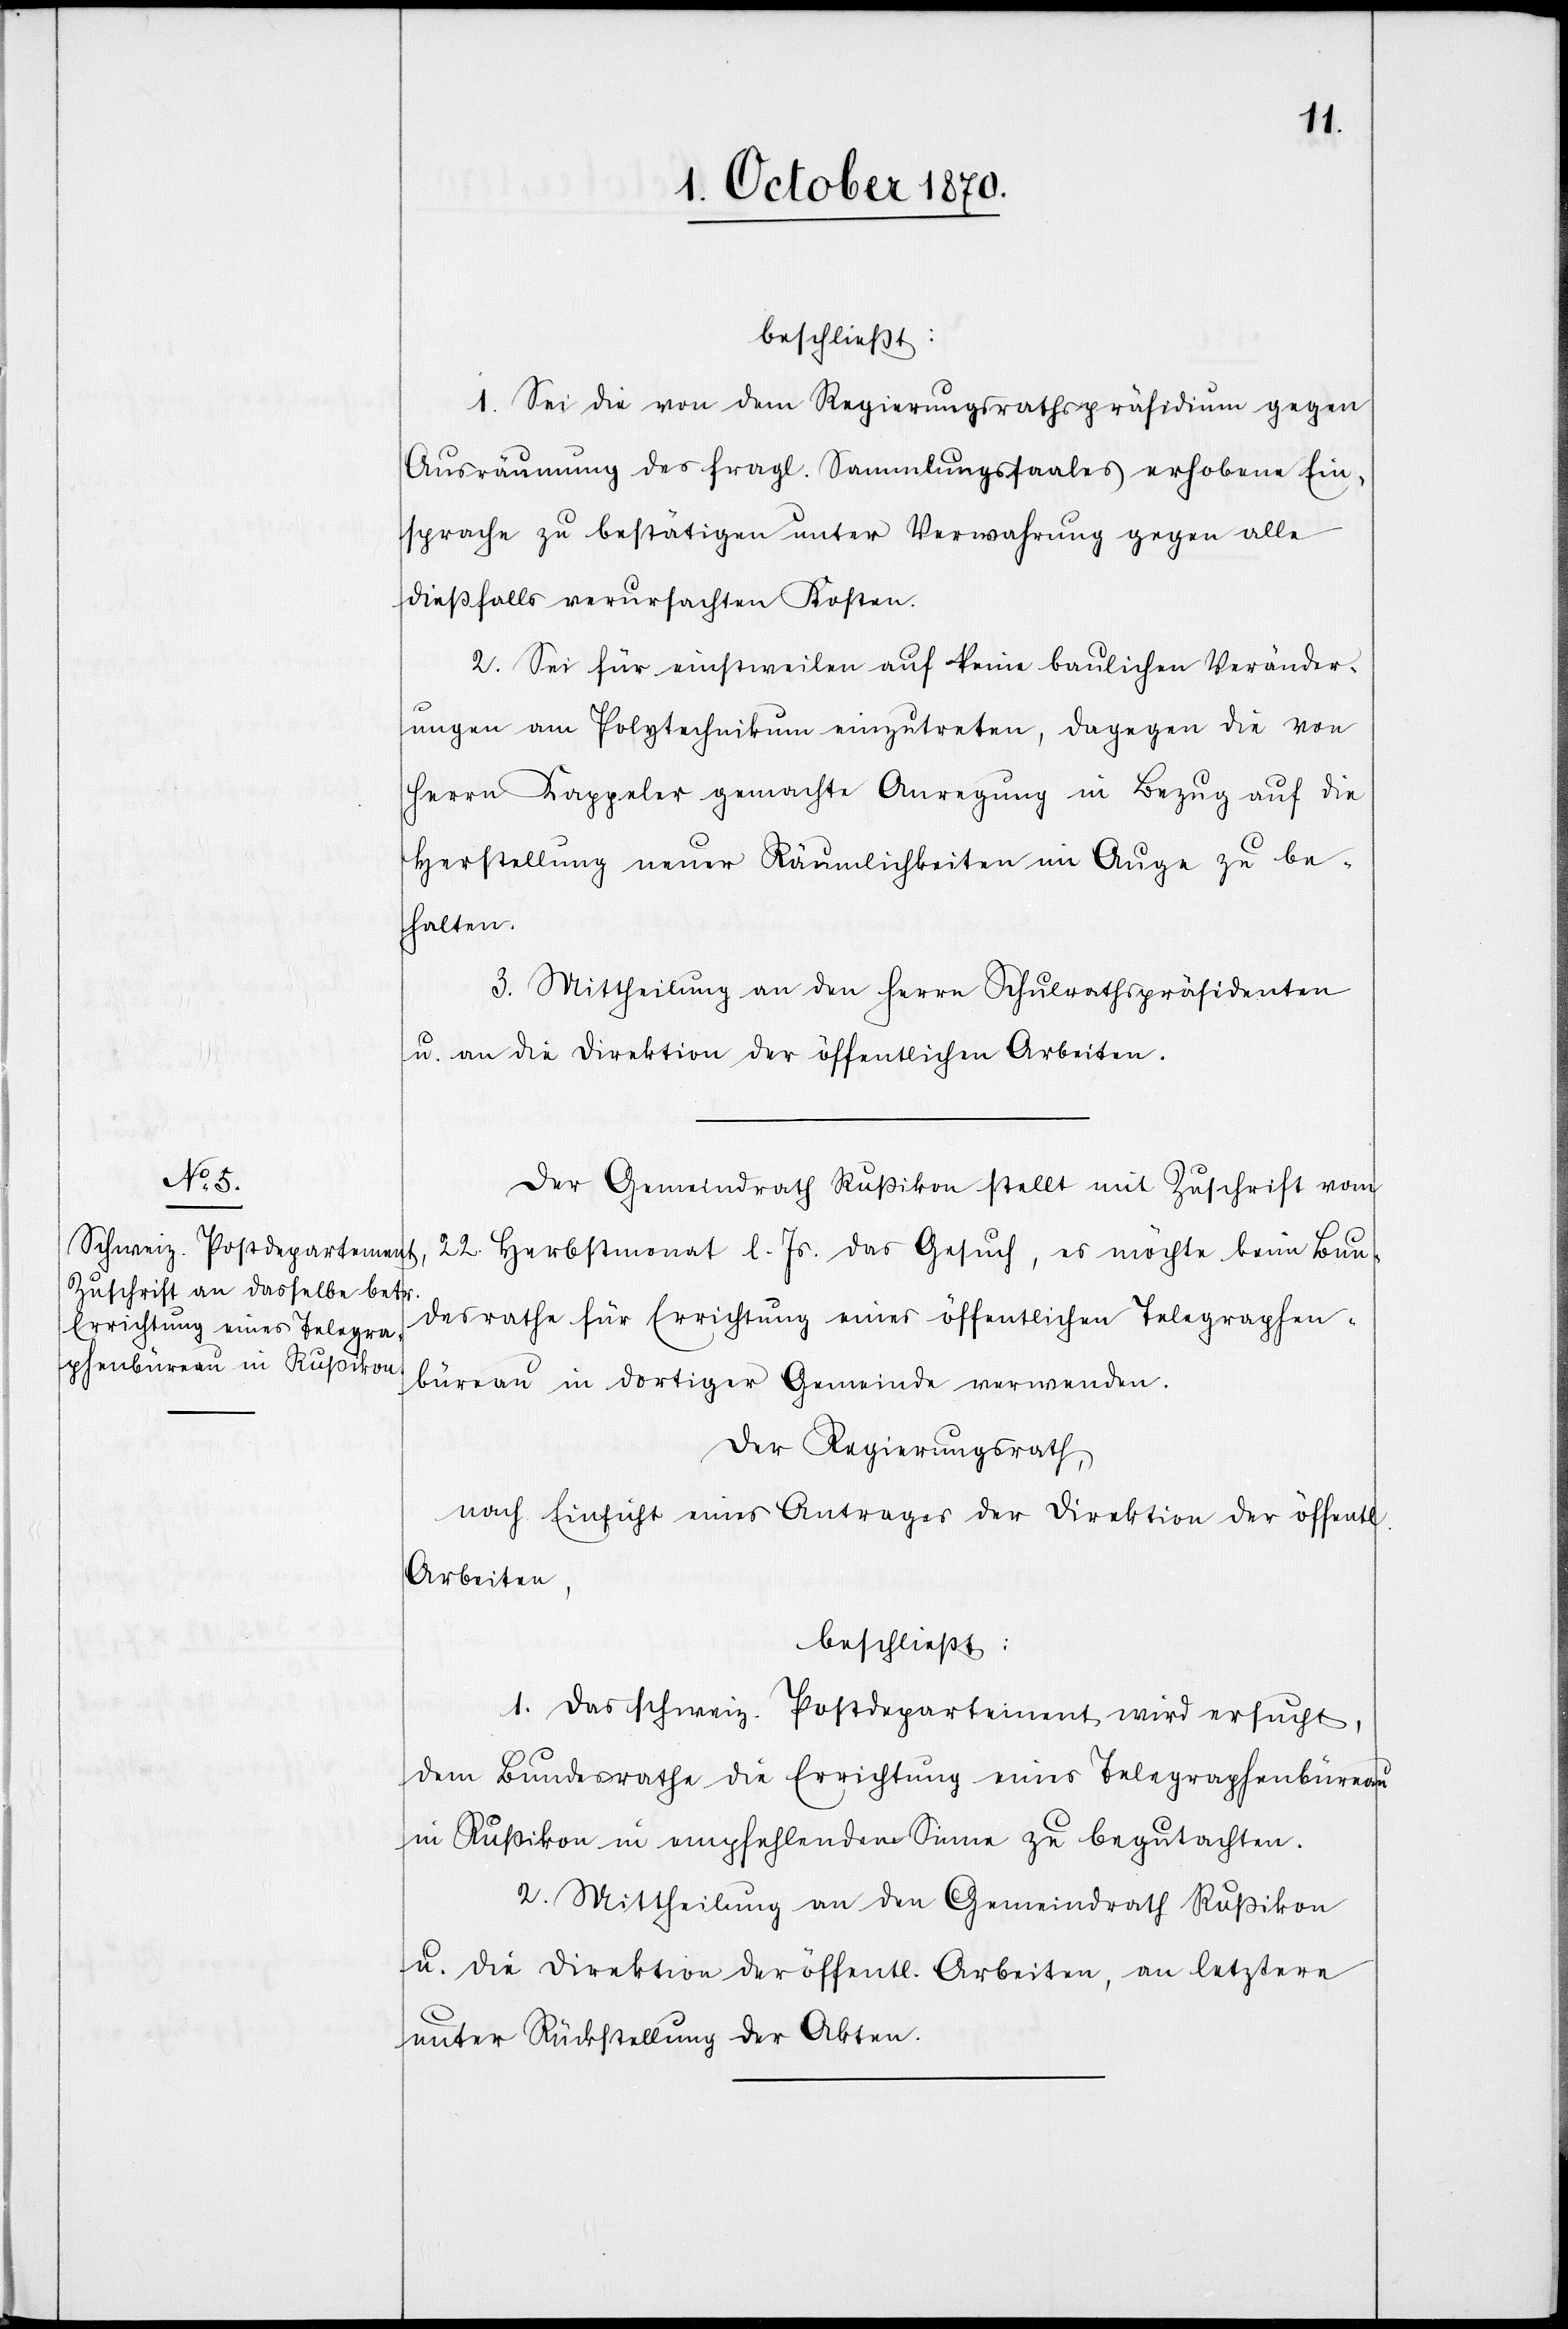
beschließt:
1. Sei die von dem Regierungsrathspräsidium gegen
Ausräumung der fragl. Sammlungssaales erhobene Ein¬
sprache zu bestätigen unter Verwahrung gegen alle
dießfalls verursachten Kosten.
2. Sei für einstweilen auf keine baulichen Veränder¬
ungen am Polytechnikum einzutreten, dagegen die von
Herrn Kappeler gemachte Anregung in Bezug auf die
Herstellung neuer Räumlichkeiten im Auge zu be¬
halten.
3. Mittheilung an den Herrn Schulrathspräsidenten
u. die Direktion der öffentlichen Arbeiten.
Der Gemeindrath Rußikon stellt mit Zuschrift vom
22. Herbstmonat l. Js. das Gesuch, es möchte beim Bun¬
desrathe für Errichtung eines öffentlichen Telegraphen¬
bureau in dortiger Gemeinde verwenden.
Der Regierungsrath
nach Einsicht eines Antrages der Direktion der öffentl.
Arbeiten,
beschließt:
1. Das schweiz. Postdepartement wird ersucht,
dem Bundesrathe die Errichtung eines Telegraphenbureau
in Rußikon in empfehlendem Sinne zu begutachten.
2. Mittheilung an den Gemeindrath Rußikon
u. die Direktion der öffentl. Arbeiten, an letztere
unter Rückstellung der Akten.